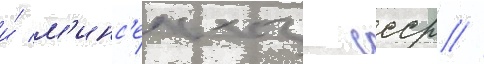
и́ м'инс'ельхоз ссср //